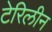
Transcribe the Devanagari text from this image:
टेरिलीन